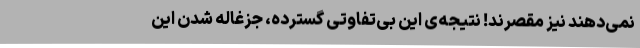
نمی‌دهند نیز مقصرند! نتیجه‌ی این بی‌تفاوتیِ گسترده، جزغاله شدن این